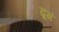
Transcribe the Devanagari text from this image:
ढ़्गं